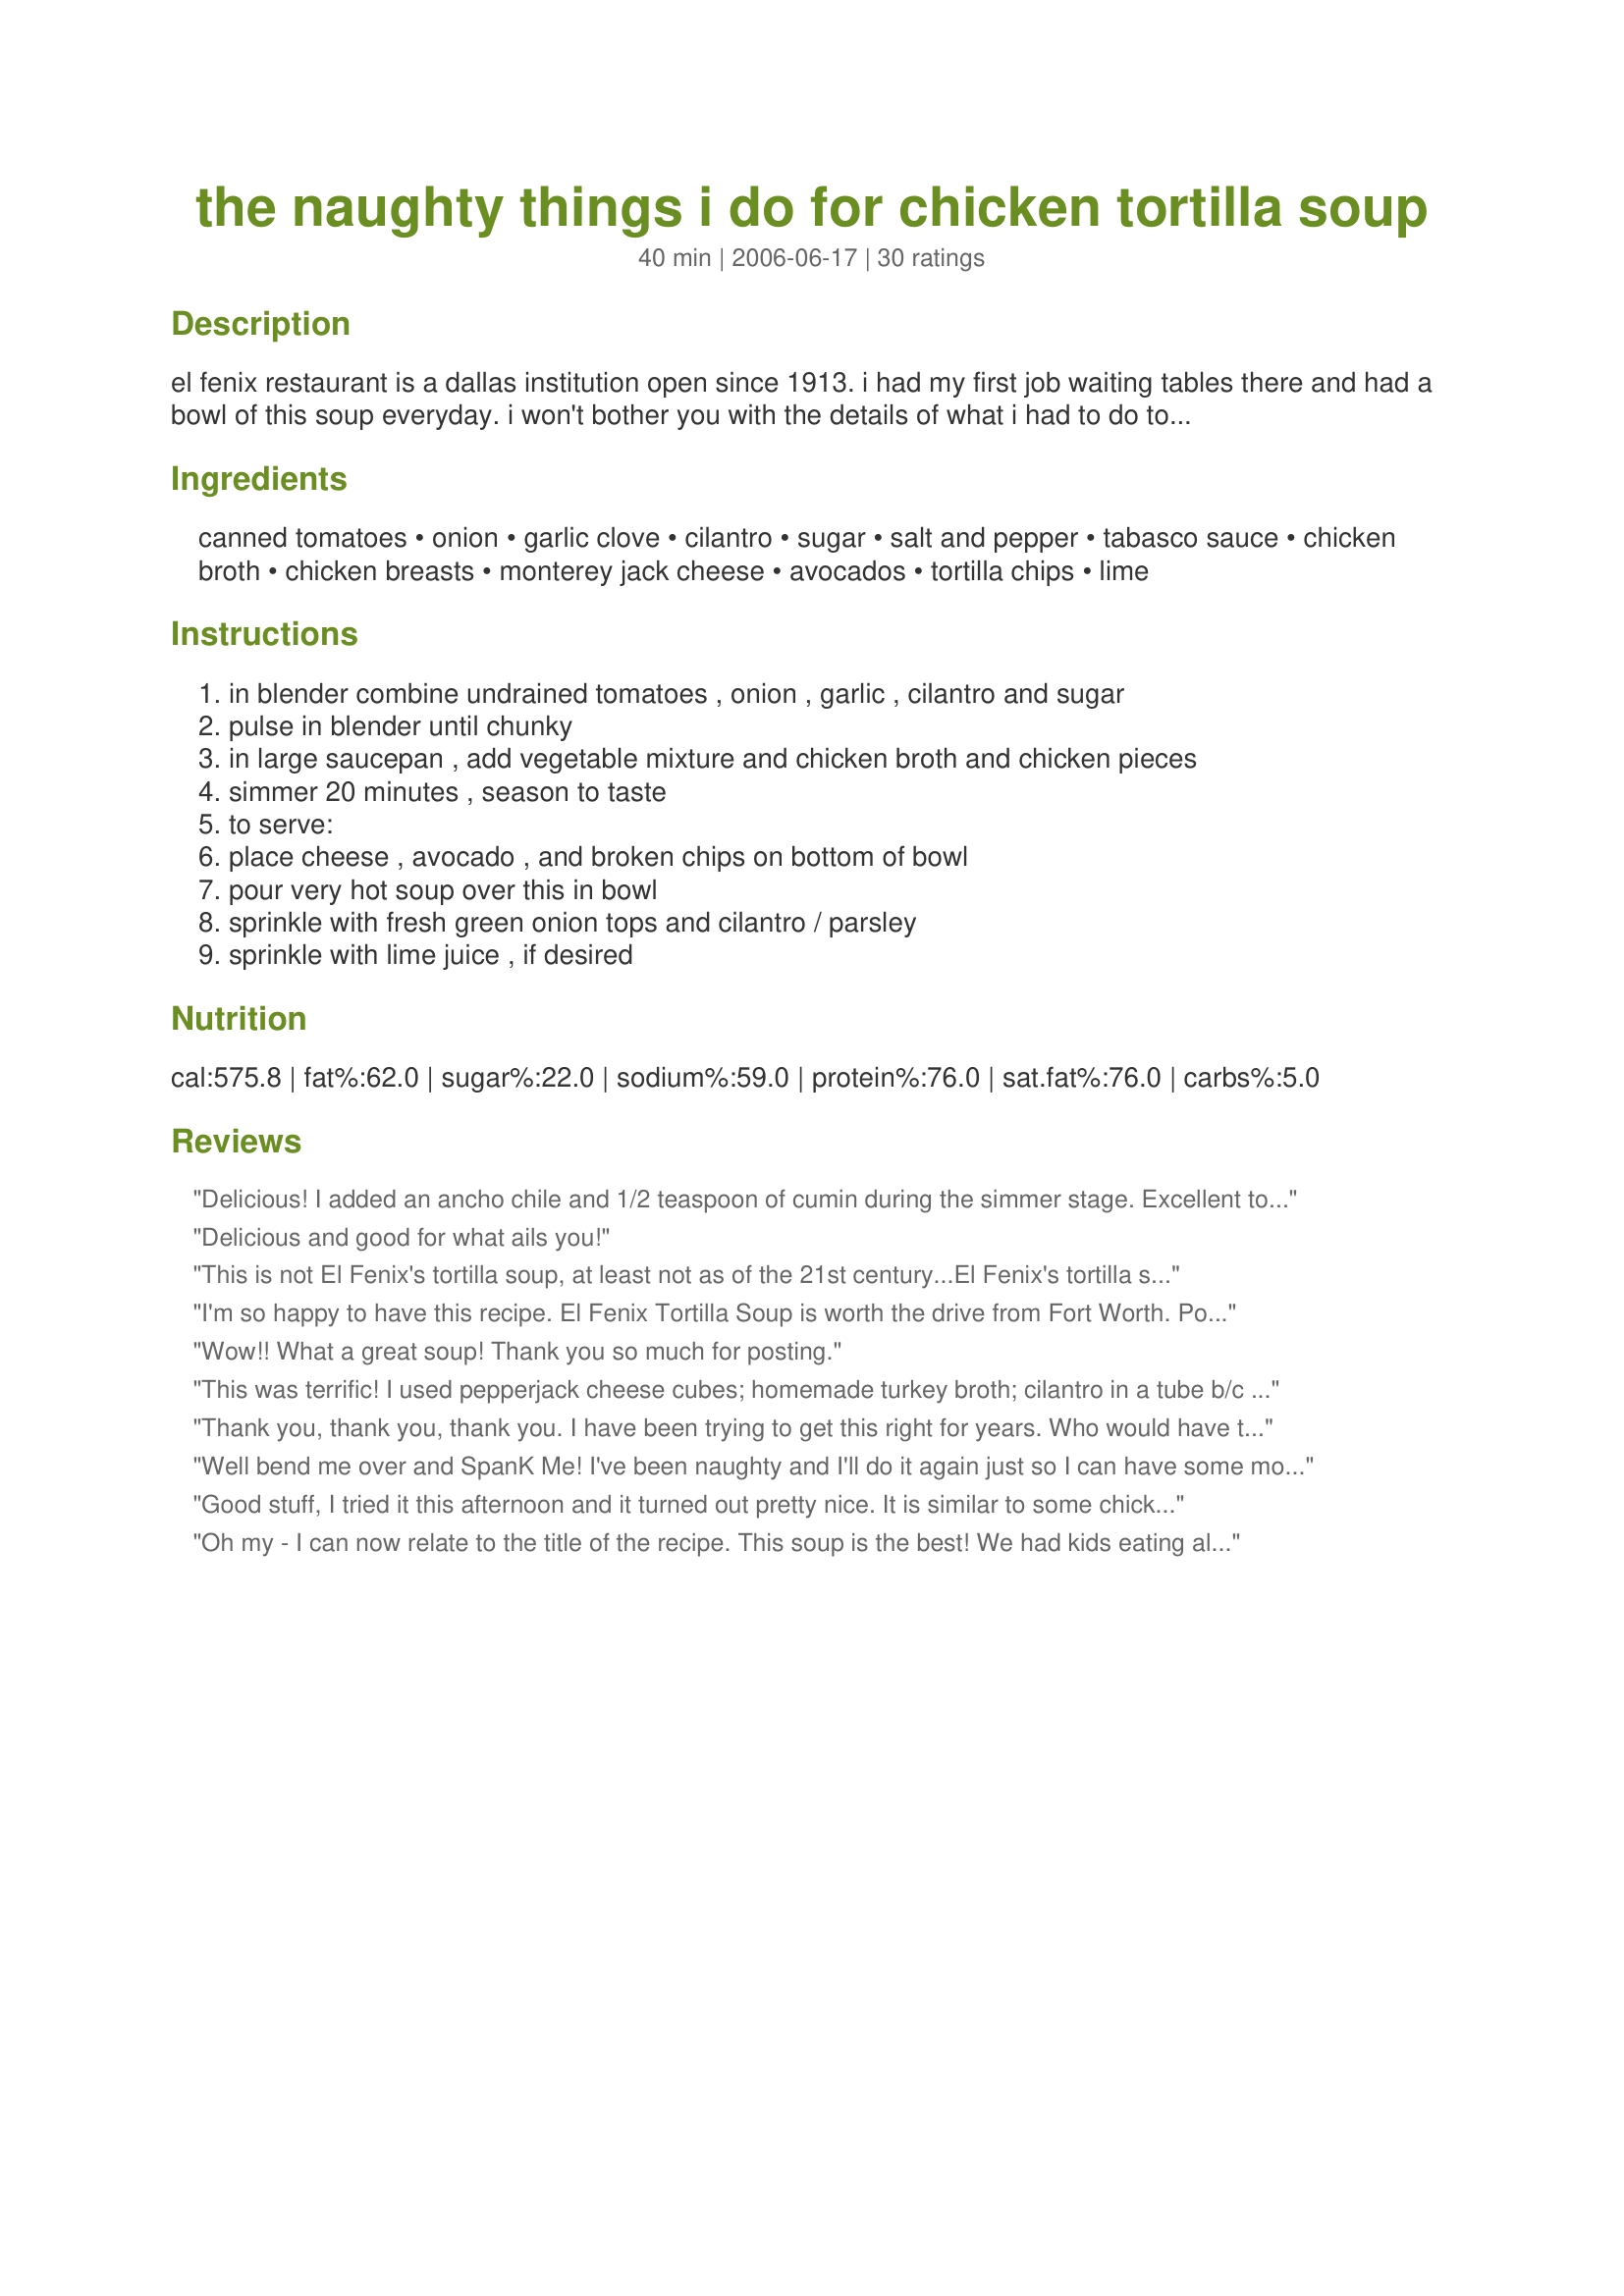
the naughty things i do for chicken tortilla soup
Preparation time: 40 minutes

el fenix restaurant is a dallas institution open since 1913. i had my first job waiting tables there and had a bowl of this soup everyday. i won't bother you with the details of what i had to do to get this coveted recipe out of temperamental chef jorge... but it is illegal in about half of the states.

Ingredients:
canned tomatoes, onion, garlic clove, cilantro, sugar, salt and pepper, tabasco sauce, chicken broth, chicken breasts, monterey jack cheese, avocados, tortilla chips, lime

Steps:
in blender combine undrained tomatoes , onion , garlic , cilantro and sugar, pulse in blender until chunky, in large saucepan , add vegetable mixture and chicken broth and chicken pieces, simmer 20 minutes , season to taste, to serve:, place cheese , avocado , and broken chips on bottom of bowl, pour very hot soup over this in bowl, sprinkle with fresh green onion tops and cilantro / parsley, sprinkle with lime juice , if desired

Reviews:
Delicious! I added an ancho chile and 1/2 teaspoon of cumin during the simmer stage. Excellent tortilla soup!
Delicious and good for what ails you!
This is not El Fenix's tortilla soup, at least not as of the 21st century...El Fenix's tortilla soup contains no chicken, and is garnished with lemon rather than lime.
I'm so happy to have this recipe. El Fenix Tortilla Soup is worth the drive from Fort Worth. Potsie, you have saved me so much gas money! I have many Tortilla Soup recipes, but this one is perfect just as it is, and I'll save this one and throw the rest out. Made for ZWT5, Hell's Kitchen Angels.
Wow!! What a great soup! Thank you so much for posting.
This was terrific! I used pepperjack cheese cubes; homemade turkey broth; cilantro in a tube b/c our store was out of fresh (really?); and a bit of Goya seasoning. Loved everything about it and I didn&#039;t even bother to use the blender - chunky is good!
Thanks, Potsie!
Thank you, thank you, thank you. I have been trying to get this right for years. Who would have thought Tabasco was the mising ingredient.
Well bend me over and SpanK Me! I've been naughty and I'll do it again just so I can have some more soup. Reminds me of the Chicken Soup served at a local Mexican Restraunt famous for their soup. I cut boneless skinless chicken breasts into 1 inch cubes and added it raw into the soup in step 3 and let it cook with the broth to save myself a step. Made for ZWT 5 by an Epicurean Queen!
Good stuff, I tried it this afternoon and it turned out pretty nice. It is similar to some chicken chili recipes I have tried in the past. I will be trying this one again in the future. It makes a good lazy afternoon at home recipe.
Oh my - I can now relate to the title of the recipe. This soup is the best! We had kids eating along and as such added Tabasco at the table. We omitted the avocado; otherwise made exactly as listed with the condiments on the table. Made for Family Picks - ZWT5
Very good! I cooked the chicken in with the soup to save a step. I just realized though that I forgot the Tabasco sauce. I'll remember next time. Thanks for posting.
My first stab ever at tortilla soup and hey, not bad, not bad at all! I left out the cheese, which probably has the Tortilla Soup Police putting my face on a wanted poster as I post this, but I don't mix dairy with chicken. I suppose I could have used soy cheese, but that stuff should only be used as a weapon of mass destruction, and only as a last resort. So cheeseless tortilla soup it was. I'm also not a fan of cubed avocado (mashed and heavily spiced is the only way I like it), let alone heated cubed avocado, but one of the perks of being married to Sushiman is that he loves the stuff, so I let him have mine. So my 5 stars are really based on an avocado-less, cheeseless tortilla soup, and it's good! I added some fresh oregano and basil to the soup while it simmered and then hid the evidence before I served it up. We had this as the main course for supper the other night, starting with a single malt appetizer and finishing off with another single malt dessert. Pots, thanks for putting yourself out there and doing whatever naughty thing it was that you did to obtain the recipe. I'm sure you enjoyed it in any case. ;-)
Really good!
it good but rob's naughter then you. I kidding thanks for the recipe...yaa!
Mmm. I can see why you were willing to do naughty things for this recipe. It's delicious! I loved the way the cheese melted into little pockets of deliciousness in the bottom of the bowl.
This soup was delicious, although I did make a few modifications. This recipe is a great base, but lends itself to adding things to suit your taste. I added 1 tsp of ground cumin and 2 tsp of chile powder. I used diced tomatoes with jalapeno for some added heat. I added black beans, corn, zucchini and carrots because I wanted lots of veggies in it. I also used chicken from a precooked rotisserie chicken and I used homemade chicken stock. We added cheese, avocado, cilantro, and tortilla chips and topped it off with a few dashes of Tobasco and a dollop of sour cream. Delicious!
Delightful! A man's gotta do what a man's gotta do. ;^P Thanks Potsie! I served as directed with one minor but yummy change using both regular & Rotel tomatoes. Love ladling the soup over the cheese & avocado. Don't forget the lime or cilantro! Crazy good!
It's really a great recipe, TRY IT! I have to pay $7.00 for a bowl of this at the local Mexican restaurant, and this is just as good. Maybe better. I love it, thanks. I fixed it exactly as posted. Why mess with perfection?
Wonderfully easy, tasty, and so satisfying. I used all the ingredients as stated. When we finished this the second night I did add a can of drained, rinsed black beans. 

I make a "mean" tortilla soup, loved by all who have eaten it, but this is the one they get next time. 

Thanks.
Scrumpcious! My husband and I really enjoyed this; in fact, my husband, kept repeating, between delicious bites, "Don't you just love this soup?" It seemed the perfect blend of flavor, fire (definitely add the hot sauce or Tabasco, if you like a touch of fire, like I do :-)), spices, veggies, chicken, and garnishes! I loved the tomatoe and cilantro base, and adored the garnishes - I would highly recommend using ALL of them, as they really added a lot to this soup (I also served with a dallop of sour cream, which I also highly recommend). My only suggestion would be to be very careful, when blending, if you like this a bit chunkier - only do it for a few short seconds - or you can add a few extra veggies to the soup pan (after pouring in the blended mixture) for extra chunkiness (I added sliced celery and sliced tomatoes, all I had on hand). I also threw in a can of diced green chilies, before blending (or you can used diced tomatoes with green chiles). This was outstanding, and my new favorite way of making Tortilla Soup! Thanks, Pot Scrubber! ;-)
Very good Potsie!!! I squeezed the juice of a whole lime right in the soup. And served it with shredded jack on top instead of in the bottom. Good stuff! Made for ZWT 5.
Lovely meal that was easy to prepare. I put all the ingredients into my crockpot & cooked for 5 hours. DH served his dinner exactly as per the recipe & enjoyed it. He didn't add diced avocado, as I wasn't here to do it for him, but said he would have liked some added. Made for ZWT5 Zingo by a Hell's Kitchen Angel.
Terrific! This is good stuff! I used a good amount of tabasco and added some white hominy, like our local Mexican place does. I threw the green onions in at the bottom and just left the chips and lime for the top. Would make again! One avocado was enough for the three of us. Made for ZWT5.
We started our search for a delicious chicken tortilla soup recipe with this one, and may not have to look any further. This was a delicious recipe with a wonderful blend of flavor and a nice bold taste. The chicken was very tender, and the broth? Ohhhh the broth was amazing. The bites with the creaminess of the avocado were just amazing. I think we will be making this recipe many times in the future. Thank you for sharing this super-fantastic recipe, I hope that it was not too painful to get.
I just watched this recipe on TV and chef Lucas&#039; recipe does not in any way resemble this recipe. He starts by melting Lard, then sauteeing dried guajillo chili peppers, onions, tomato paste, cumin and garlic, and then dry chicken base/bouillon.After the onions have softened, He adds the contents of the skillet to a pot and adds water. He allows this to simmer to develop the flavors. Then he adds a little lemon and hot sauce. He removes the chiles and adds chopped cilantro. Per serving he adds tortilla strips, avocado and cheese. He specifically states that there is NO CHICKEN in his recipe. So, there you have it. The author says he got the recipe from El Fenix; so i guess he got ripped off.
I have had this recipe in my &quot;to try file&quot; for years. I wish I had made it years ago. It&#039;s fantastic, super easy to make and packed full of flavor. I made it for a fundraiser lunch that I do every Wednesday and the crowd loved it. I used chicken thighs, crushed tomatoes, and diced green chilies with the hot sauce too. I also kept the onion and garlic in diced form because I don&#039;t have a lot of things here to use for cooking with (I bring most of my own stuff). Anyway, it was delicious and I think I&#039;ve found a new favorite soup to make. Thanks Pot Scrubber!
Fabulous, quick tortilla soup!! We loved this. I added 1/2 tsp of cumin, but then had to add more salt and pepper to compensate. I think next time I will make as written and compare. I loved it w/ the cumin and it tasted great before the cumin. So, who knows which way will be better?! 
This recipe though, is a definite keeper for me. Thank you!!
This was great. I added a can of red kidney beans for extra texture. So easy and quick to make, and the fixin's added at the end made it really fresh and special. Thanks.
This soup is just so amazing! I made it just as stated, but for one thing, I had to use cheddar cheese as that's all we had on hand. I've never had chicken tortilla soup, but man oh man, I will again! My husband and I fell in love with it. The lime juice squirted over the top of the soup gave the flavour a little more depth, don't skip it!! Once stirred, it was almost stew-like in texture and very filling.
Now I can only imagine the naughty things I would do for this soup too!! Loved it! Made for ZWT 5:)
Very Good and simple. I added some chipolte chili powder, cumin and a can of drained & rinsed black beans. A dollop of sour cream on top makes it very tasty. 

Thank you for sharing
